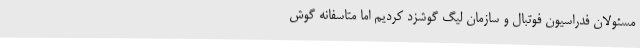
مسئولان فدراسیون فوتبال و سازمان لیگ گوشزد کردیم اما متاسفانه گوش